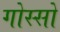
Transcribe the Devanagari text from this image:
गोस्सो